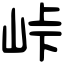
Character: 峠